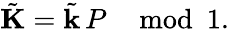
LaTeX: \tilde{\mathbf{K}}=\tilde{\mathbf{k}}\, P\mod 1.